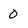
Character: 0